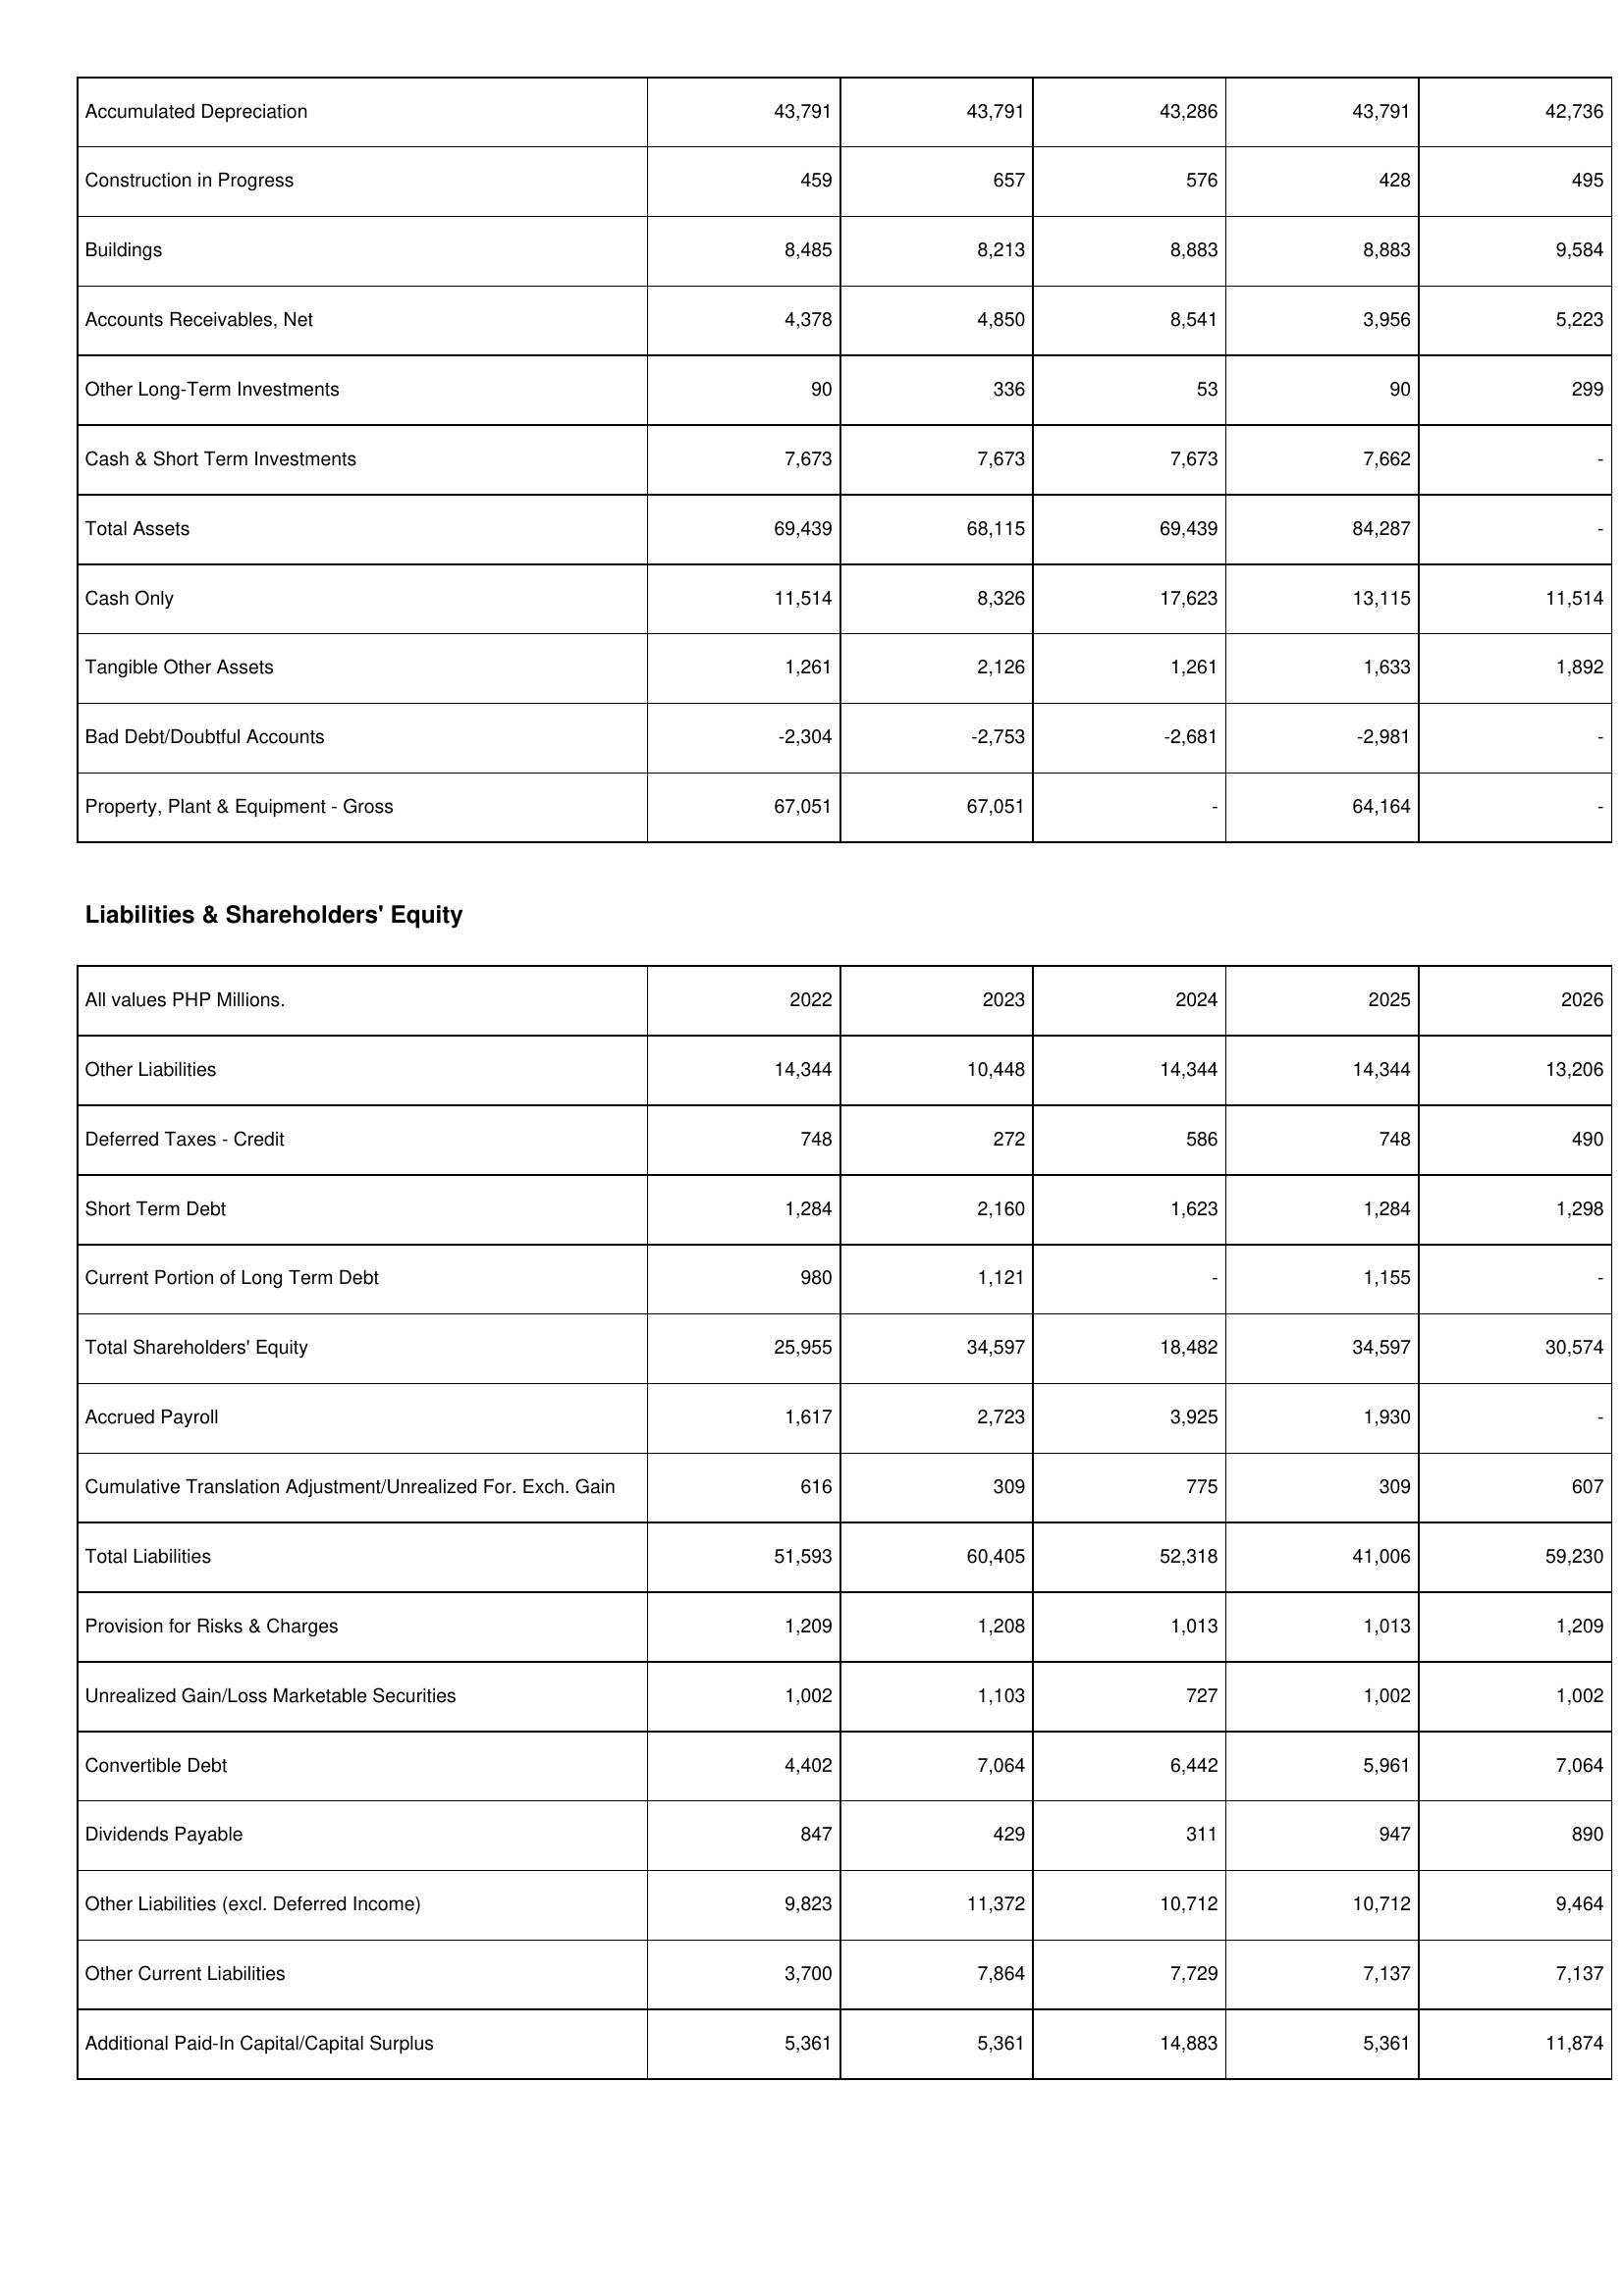
2022: Assets: Accumulated Depreciation: 43,791
Construction in Progress: 459
Buildings: 8,485
Accounts Receivables, Net: 4,378
Other Long-Term Investments: 90
Cash & Short Term Investments: 7,673
Total Assets: 69,439
Cash Only: 11,514
Tangible Other Assets: 1,261
Bad Debt/Doubtful Accounts: -2,304
Property, Plant & Equipment - Gross: 67,051
Liabilities & Shareholders' Equity: Other Liabilities: 14,344
Deferred Taxes - Credit: 748
Short Term Debt: 1,284
Current Portion of Long Term Debt: 980
Total Shareholders' Equity: 25,955
Accrued Payroll: 1,617
Cumulative Translation Adjustment/Unrealized For. Exch. Gain: 616
Total Liabilities: 51,593
Provision for Risks & Charges: 1,209
Unrealized Gain/Loss Marketable Securities: 1,002
Convertible Debt: 4,402
Dividends Payable: 847
Other Liabilities (excl. Deferred Income): 9,823
Other Current Liabilities: 3,700
Additional Paid-In Capital/Capital Surplus: 5,361
2023: Assets: Accumulated Depreciation: 43,791
Construction in Progress: 657
Buildings: 8,213
Accounts Receivables, Net: 4,850
Other Long-Term Investments: 336
Cash & Short Term Investments: 7,673
Total Assets: 68,115
Cash Only: 8,326
Tangible Other Assets: 2,126
Bad Debt/Doubtful Accounts: -2,753
Property, Plant & Equipment - Gross: 67,051
Liabilities & Shareholders' Equity: Other Liabilities: 10,448
Deferred Taxes - Credit: 272
Short Term Debt: 2,160
Current Portion of Long Term Debt: 1,121
Total Shareholders' Equity: 34,597
Accrued Payroll: 2,723
Cumulative Translation Adjustment/Unrealized For. Exch. Gain: 309
Total Liabilities: 60,405
Provision for Risks & Charges: 1,208
Unrealized Gain/Loss Marketable Securities: 1,103
Convertible Debt: 7,064
Dividends Payable: 429
Other Liabilities (excl. Deferred Income): 11,372
Other Current Liabilities: 7,864
Additional Paid-In Capital/Capital Surplus: 5,361
2024: Assets: Accumulated Depreciation: 43,286
Construction in Progress: 576
Buildings: 8,883
Accounts Receivables, Net: 8,541
Other Long-Term Investments: 53
Cash & Short Term Investments: 7,673
Total Assets: 69,439
Cash Only: 17,623
Tangible Other Assets: 1,261
Bad Debt/Doubtful Accounts: -2,681
Property, Plant & Equipment - Gross: -
Liabilities & Shareholders' Equity: Other Liabilities: 14,344
Deferred Taxes - Credit: 586
Short Term Debt: 1,623
Current Portion of Long Term Debt: -
Total Shareholders' Equity: 18,482
Accrued Payroll: 3,925
Cumulative Translation Adjustment/Unrealized For. Exch. Gain: 775
Total Liabilities: 52,318
Provision for Risks & Charges: 1,013
Unrealized Gain/Loss Marketable Securities: 727
Convertible Debt: 6,442
Dividends Payable: 311
Other Liabilities (excl. Deferred Income): 10,712
Other Current Liabilities: 7,729
Additional Paid-In Capital/Capital Surplus: 14,883
2025: Assets: Accumulated Depreciation: 43,791
Construction in Progress: 428
Buildings: 8,883
Accounts Receivables, Net: 3,956
Other Long-Term Investments: 90
Cash & Short Term Investments: 7,662
Total Assets: 84,287
Cash Only: 13,115
Tangible Other Assets: 1,633
Bad Debt/Doubtful Accounts: -2,981
Property, Plant & Equipment - Gross: 64,164
Liabilities & Shareholders' Equity: Other Liabilities: 14,344
Deferred Taxes - Credit: 748
Short Term Debt: 1,284
Current Portion of Long Term Debt: 1,155
Total Shareholders' Equity: 34,597
Accrued Payroll: 1,930
Cumulative Translation Adjustment/Unrealized For. Exch. Gain: 309
Total Liabilities: 41,006
Provision for Risks & Charges: 1,013
Unrealized Gain/Loss Marketable Securities: 1,002
Convertible Debt: 5,961
Dividends Payable: 947
Other Liabilities (excl. Deferred Income): 10,712
Other Current Liabilities: 7,137
Additional Paid-In Capital/Capital Surplus: 5,361
2026: Assets: Accumulated Depreciation: 42,736
Construction in Progress: 495
Buildings: 9,584
Accounts Receivables, Net: 5,223
Other Long-Term Investments: 299
Cash & Short Term Investments: -
Total Assets: -
Cash Only: 11,514
Tangible Other Assets: 1,892
Bad Debt/Doubtful Accounts: -
Property, Plant & Equipment - Gross: -
Liabilities & Shareholders' Equity: Other Liabilities: 13,206
Deferred Taxes - Credit: 490
Short Term Debt: 1,298
Current Portion of Long Term Debt: -
Total Shareholders' Equity: 30,574
Accrued Payroll: -
Cumulative Translation Adjustment/Unrealized For. Exch. Gain: 607
Total Liabilities: 59,230
Provision for Risks & Charges: 1,209
Unrealized Gain/Loss Marketable Securities: 1,002
Convertible Debt: 7,064
Dividends Payable: 890
Other Liabilities (excl. Deferred Income): 9,464
Other Current Liabilities: 7,137
Additional Paid-In Capital/Capital Surplus: 11,874